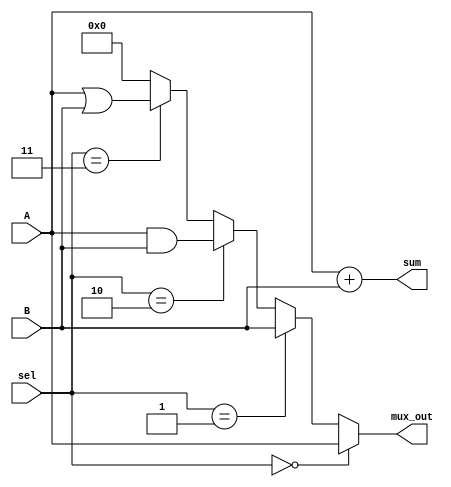
module clb_example (
    input wire [3:0] A,          // 4-bit input A
    input wire [3:0] B,          // 4-bit input B
    input wire [1:0] sel,        // 2-bit select for multiplexer
    output wire [3:0] mux_out,    // Output of the multiplexer
    output wire [4:0] sum        // 5-bit output for sum (A + B)
);

// Multiplexer logic
assign mux_out = (sel == 2'b00) ? A :
                 (sel == 2'b01) ? B :
                 (sel == 2'b10) ? (A & B) : // AND
                 (sel == 2'b11) ? (A | B) : 4'b0000; // OR

// 2-bit binary adder logic
assign sum = A + B;

endmodule